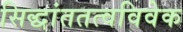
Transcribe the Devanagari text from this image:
सिद्धांततत्वविवेक